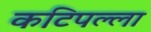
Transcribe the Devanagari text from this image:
कटिपल्ला